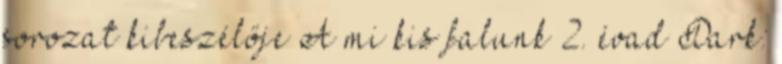
sorozat kibeszélője A mi kis falunk 2. évad Dark: